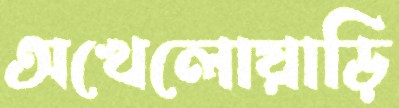
অখেলোয়াড়ি